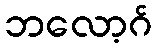
ဘလော့ဂ်